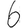
Digit: 6